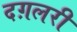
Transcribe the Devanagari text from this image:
दग़लरी